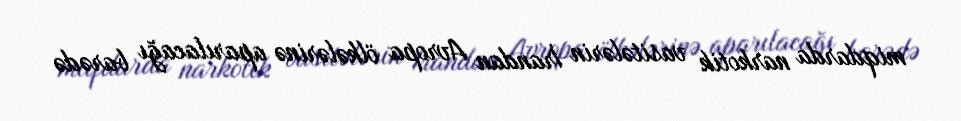
miqdarda narkotik vasitələrin İrandan Avropa ölkələrinə aparılacağı barədə